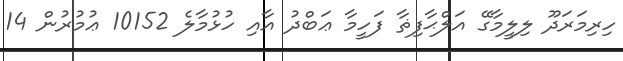
ހިރިމަރަދޫ ލިލީމާގޭ އަލްޙާފިޡާ ފަހީމާ ޢަބްދު އާއި ހުޅުމާލެ 10152 ޢުމުރުން 14